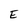
Character: E